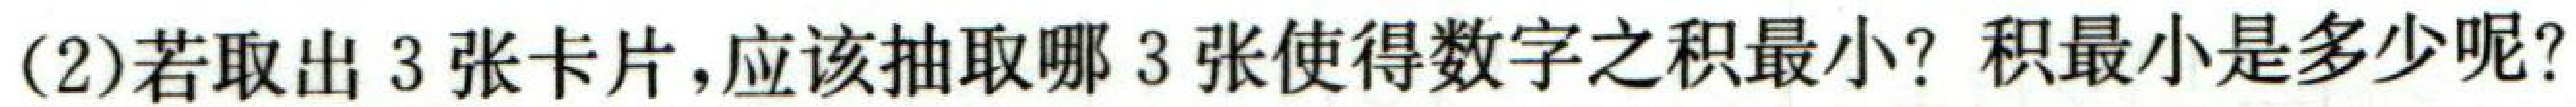
(2)若取出\(3\)张卡片，应该抽取哪\(3\)张使得数字之积最小？积最小是多少呢？